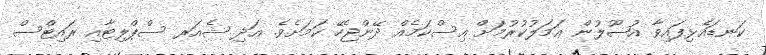
ކަނޑައެޅިފައިވާ އުޞޫލުން ޢަމަލުކުރުމަށް އިސްކަމެއް ދޭންޖެހޭ ކަމަށެވެ. އަދި ޝެއަރ ސްޕްލިޓާއި ރައިޓްސް